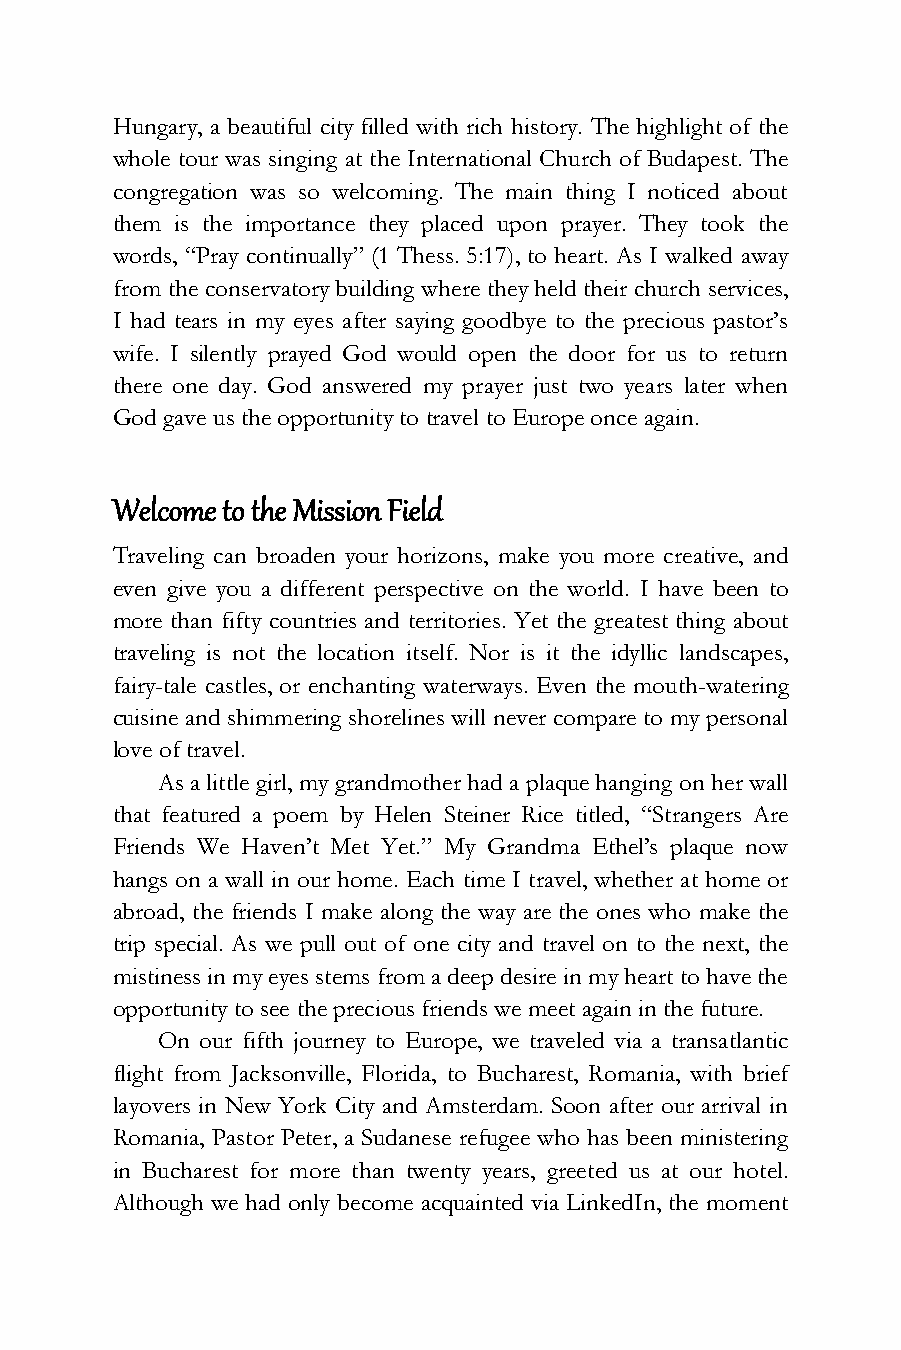
Hungary, a beautiful city filled with rich history. The highlight of the
 whole tour was singing at the International Church of Budapest. The
 congregation was so welcoming. The main thing I noticed about
 them is the importance they placed upon prayer. They took the
 words, “Pray continually” (1 Thess. 5:17), to heart. As I walked away
 from the conservatory building where they held their church services,
 I had tears in my eyes after saying goodbye to the precious pastor’s
 wife. I silently prayed God would open the door for us to return
 there one day. God answered my prayer just two years later when
 God gave us the opportunity to travel to Europe once again.
 Welcome to the Mission Field
 Traveling can broaden your horizons, make you more creative, and
 even give you a different perspective on the world. I have been to
 more than fifty countries and territories. Yet the greatest thing about
 traveling is not the location itself. Nor is it the idyllic landscapes,
 fairy-tale castles, or enchanting waterways. Even the mouth-watering
 cuisine and shimmering shorelines will never compare to my personal
 love of travel.
 As a little girl, my grandmother had a plaque hanging on her wall
 that featured a poem by Helen Steiner Rice titled, “Strangers Are
 Friends We Haven’t Met Yet.” My Grandma Ethel’s plaque now
 hangs on a wall in our home. Each time I travel, whether at home or
 abroad, the friends I make along the way are the ones who make the
 trip special. As we pull out of one city and travel on to the next, the
 mistiness in my eyes stems from a deep desire in my heart to have the
 opportunity to see the precious friends we meet again in the future.
 On our fifth journey to Europe, we traveled via a transatlantic
 flight from Jacksonville, Florida, to Bucharest, Romania, with brief
 layovers in New York City and Amsterdam. Soon after our arrival in
 Romania, Pastor Peter, a Sudanese refugee who has been ministering
 in Bucharest for more than twenty years, greeted us at our hotel.
 Although we had only become acquainted via LinkedIn, the moment